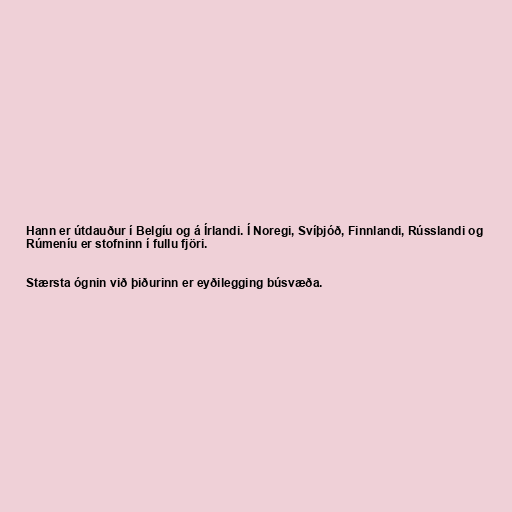
Hann er útdauður í Belgíu og á Írlandi. Í Noregi, Svíþjóð, Finnlandi, Rússlandi og
Rúmeníu er stofninn í fullu fjöri.

Stærsta ógnin við þiðurinn er eyðilegging búsvæða.